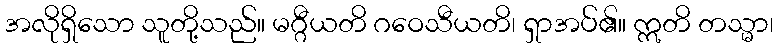
အလိုရှိသော သူတို့သည်။ မဂ္ဂီယတိ ဂဝေသီယတိ၊ ရှာအပ်၏။ ဣတိ တသ္မာ၊